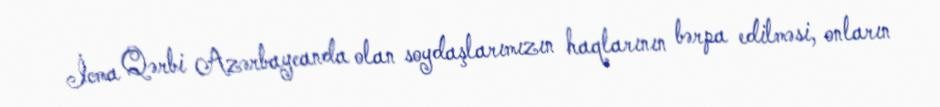
İcma Qərbi Azərbaycanda olan soydaşlarımızın haqlarının bərpa edilməsi, onların